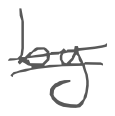
Text: by
Cross-out: mix
Writing tool: digital_gray